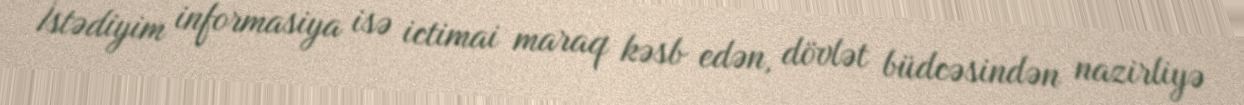
İstədiyim informasiya isə ictimai maraq kəsb edən, dövlət büdcəsindən nazirliyə